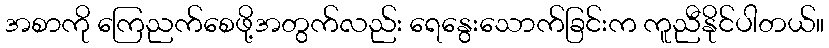
အစာကို ကြေညက်စေဖို့အတွက်လည်း ရေနွေးသောက်ခြင်းက ကူညီနိုင်ပါတယ်။